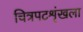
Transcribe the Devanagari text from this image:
चित्रपटशृंखला